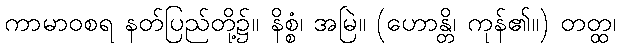
ကာမာဝစရ နတ်ပြည်တို့၌။ နိစ္စံ၊ အမြဲ။ (ဟောန္တိ၊ ကုန်၏။) တတ္ထ၊